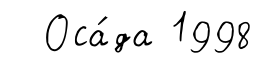
Оса́да 1998